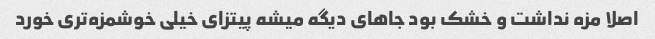
اصلا مزه نداشت و خشک بود جاهای دیگه میشه پیتزای خیلی خوشمزه‌تری خورد